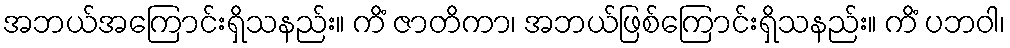
အဘယ်အကြောင်းရှိသနည်း။ ကိံ ဇာတိကာ၊ အဘယ်ဖြစ်ကြောင်းရှိသနည်း။ ကိံ ပဘဝါ၊